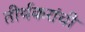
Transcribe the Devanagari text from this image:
तीर्थकरांची